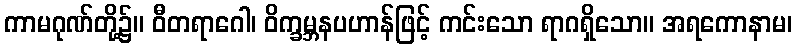
ကာမဂုဏ်တို့၌။ ဝီတရာဂေါ၊ ဝိက္ခမ္ဘနပဟာန်ဖြင့် ကင်းသော ရာဂရှိသော။ အရကောနာမ၊